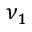
\nu _ { 1 }